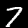
Label: 7